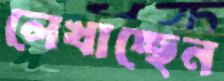
লেখাচ্ছেন